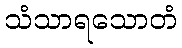
သံသာရသောတံ